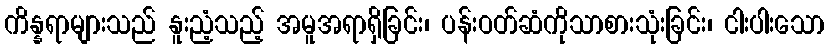
ကိန္နရာများသည် နူးညံ့သည့် အမူအရာရှိခြင်း၊ ပန်းဝတ်ဆံကိုသာစားသုံးခြင်း၊ ငါးပါးသော